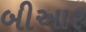
બીઆર